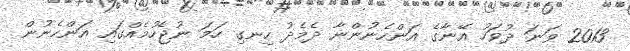
2013 ވަނަ ދުވަހު އޭނާގެ އަންހެނުންނާ ދެމެދު ހިނގި ހަމަ ނުޖެހުމެއްގައި އަންހެނުން